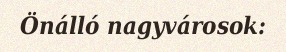
Önálló nagyvárosok: